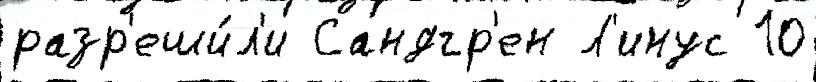
разр'еши́л'и Сандгр'ен Л'инус 10